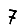
Digit: 7